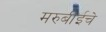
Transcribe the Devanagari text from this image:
मरुबीईचे